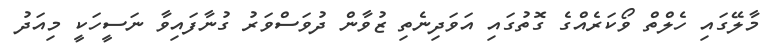
މާލޭގައި ހެލްތް ވޯކަރެއްގެ ގޮތުގައި އަވަދިނެތި ޒުވާން ދުވަސްވަރު ގުނާފައިވާ ނަސީހަކީ މިއަދު